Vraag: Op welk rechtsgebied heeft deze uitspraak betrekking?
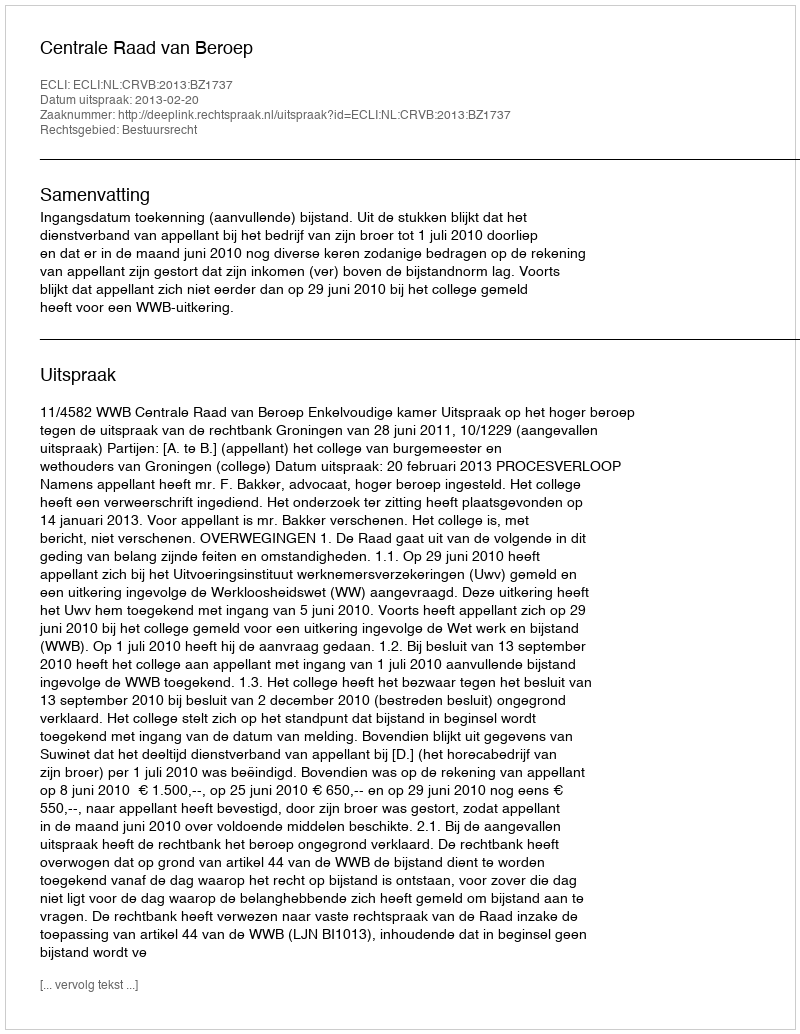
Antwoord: Bestuursrecht